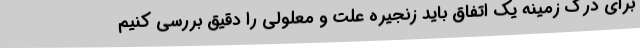
برای درک زمینه یک اتفاق باید زنجیره علت و معلولی را دقیق بررسی کنیم